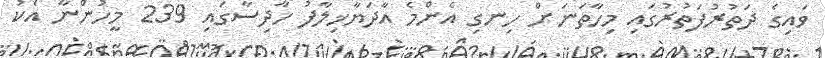
ވައިގެ ދަތުރުފަތުރުގައި މިހާތަނަށް ހިނގި އެންމެ އާދަޔާޚިލާފު ހާދިސާގައި 239 މީހުންނާ އެކު